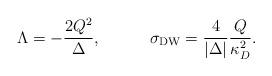
LaTeX: \begin{align*}\Lambda=-{{2Q^2}\over\Delta},\ \ \ \ \ \ \ \ \ \sigma_{\rm DW}={4\over{|\Delta|}}{Q\over{\kappa^2_D}}.\end{align*}